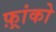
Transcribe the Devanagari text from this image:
फ़्रांको